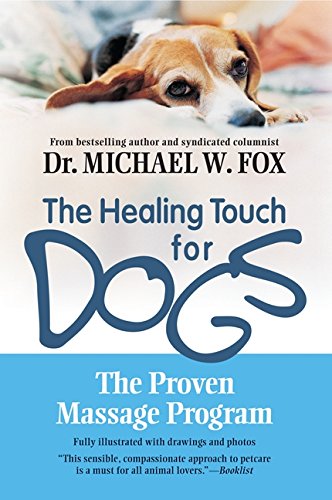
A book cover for Healing Touch for Dogs: The Proven Massage Program; Michael W. Fox; Health, Fitness & Dieting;